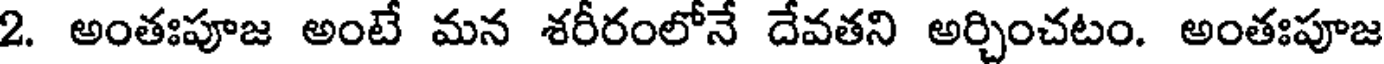
2. అంతఃపూజ అంటే మన శరీరంలోనే దేవతని అర్చించటం. అంతఃపూజ